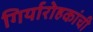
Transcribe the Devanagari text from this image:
गिर्यारोहकांची